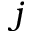
j